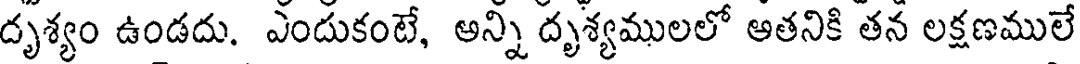
దృశ్యం ఉండదు. ఎందుకంటే, అన్ని దృశ్యములలో ఆతనికి తన లక్షణములే